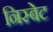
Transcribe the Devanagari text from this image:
निस्बेट